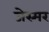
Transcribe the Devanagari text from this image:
जेस्मर